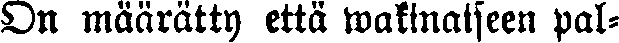
On määrätty että wakinaiseen pal-